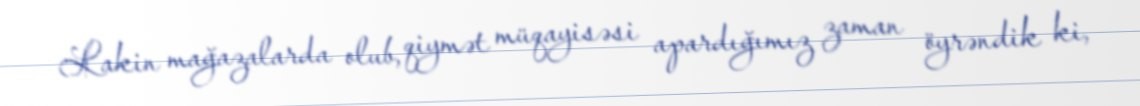
Lakin mağazalarda olub, qiymət müqayisəsi apardığımız zaman öyrəndik ki,